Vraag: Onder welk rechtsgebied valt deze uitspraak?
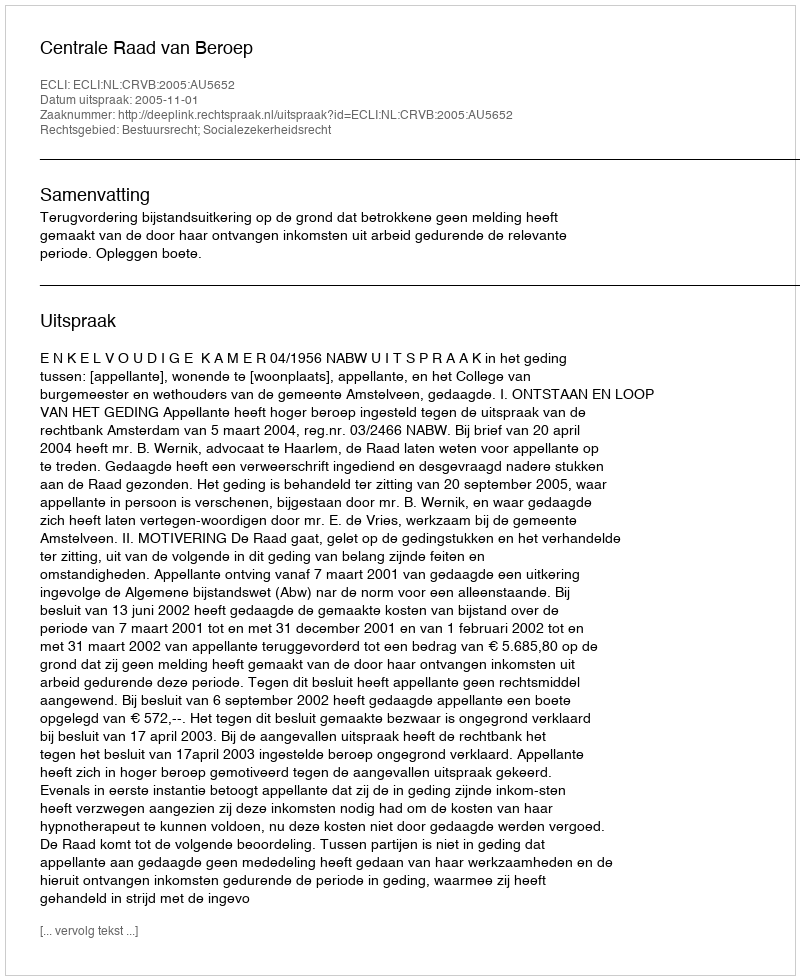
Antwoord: Bestuursrecht; Socialezekerheidsrecht